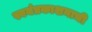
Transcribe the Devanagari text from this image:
स्वयंप्रकाशनाची